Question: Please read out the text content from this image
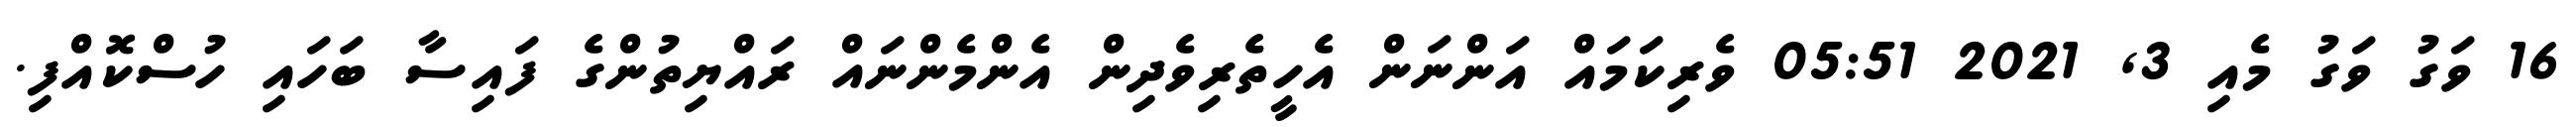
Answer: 16 ވަގު ވަގު މެއި 3, 2021 05:51 ވެރިކަމައް އަންނަން އެހީތެރިވެދިން އެންމެންނައް ރައްޔިތުންގެ ފައިސާ ބަހައި ހުސްކޮއްފި.